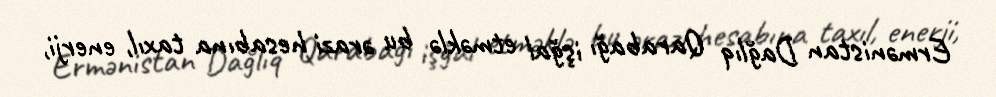
Ermənistan Dağlıq Qarabağı işğal etməklə bu ərazi hesabına taxıl, enerji,